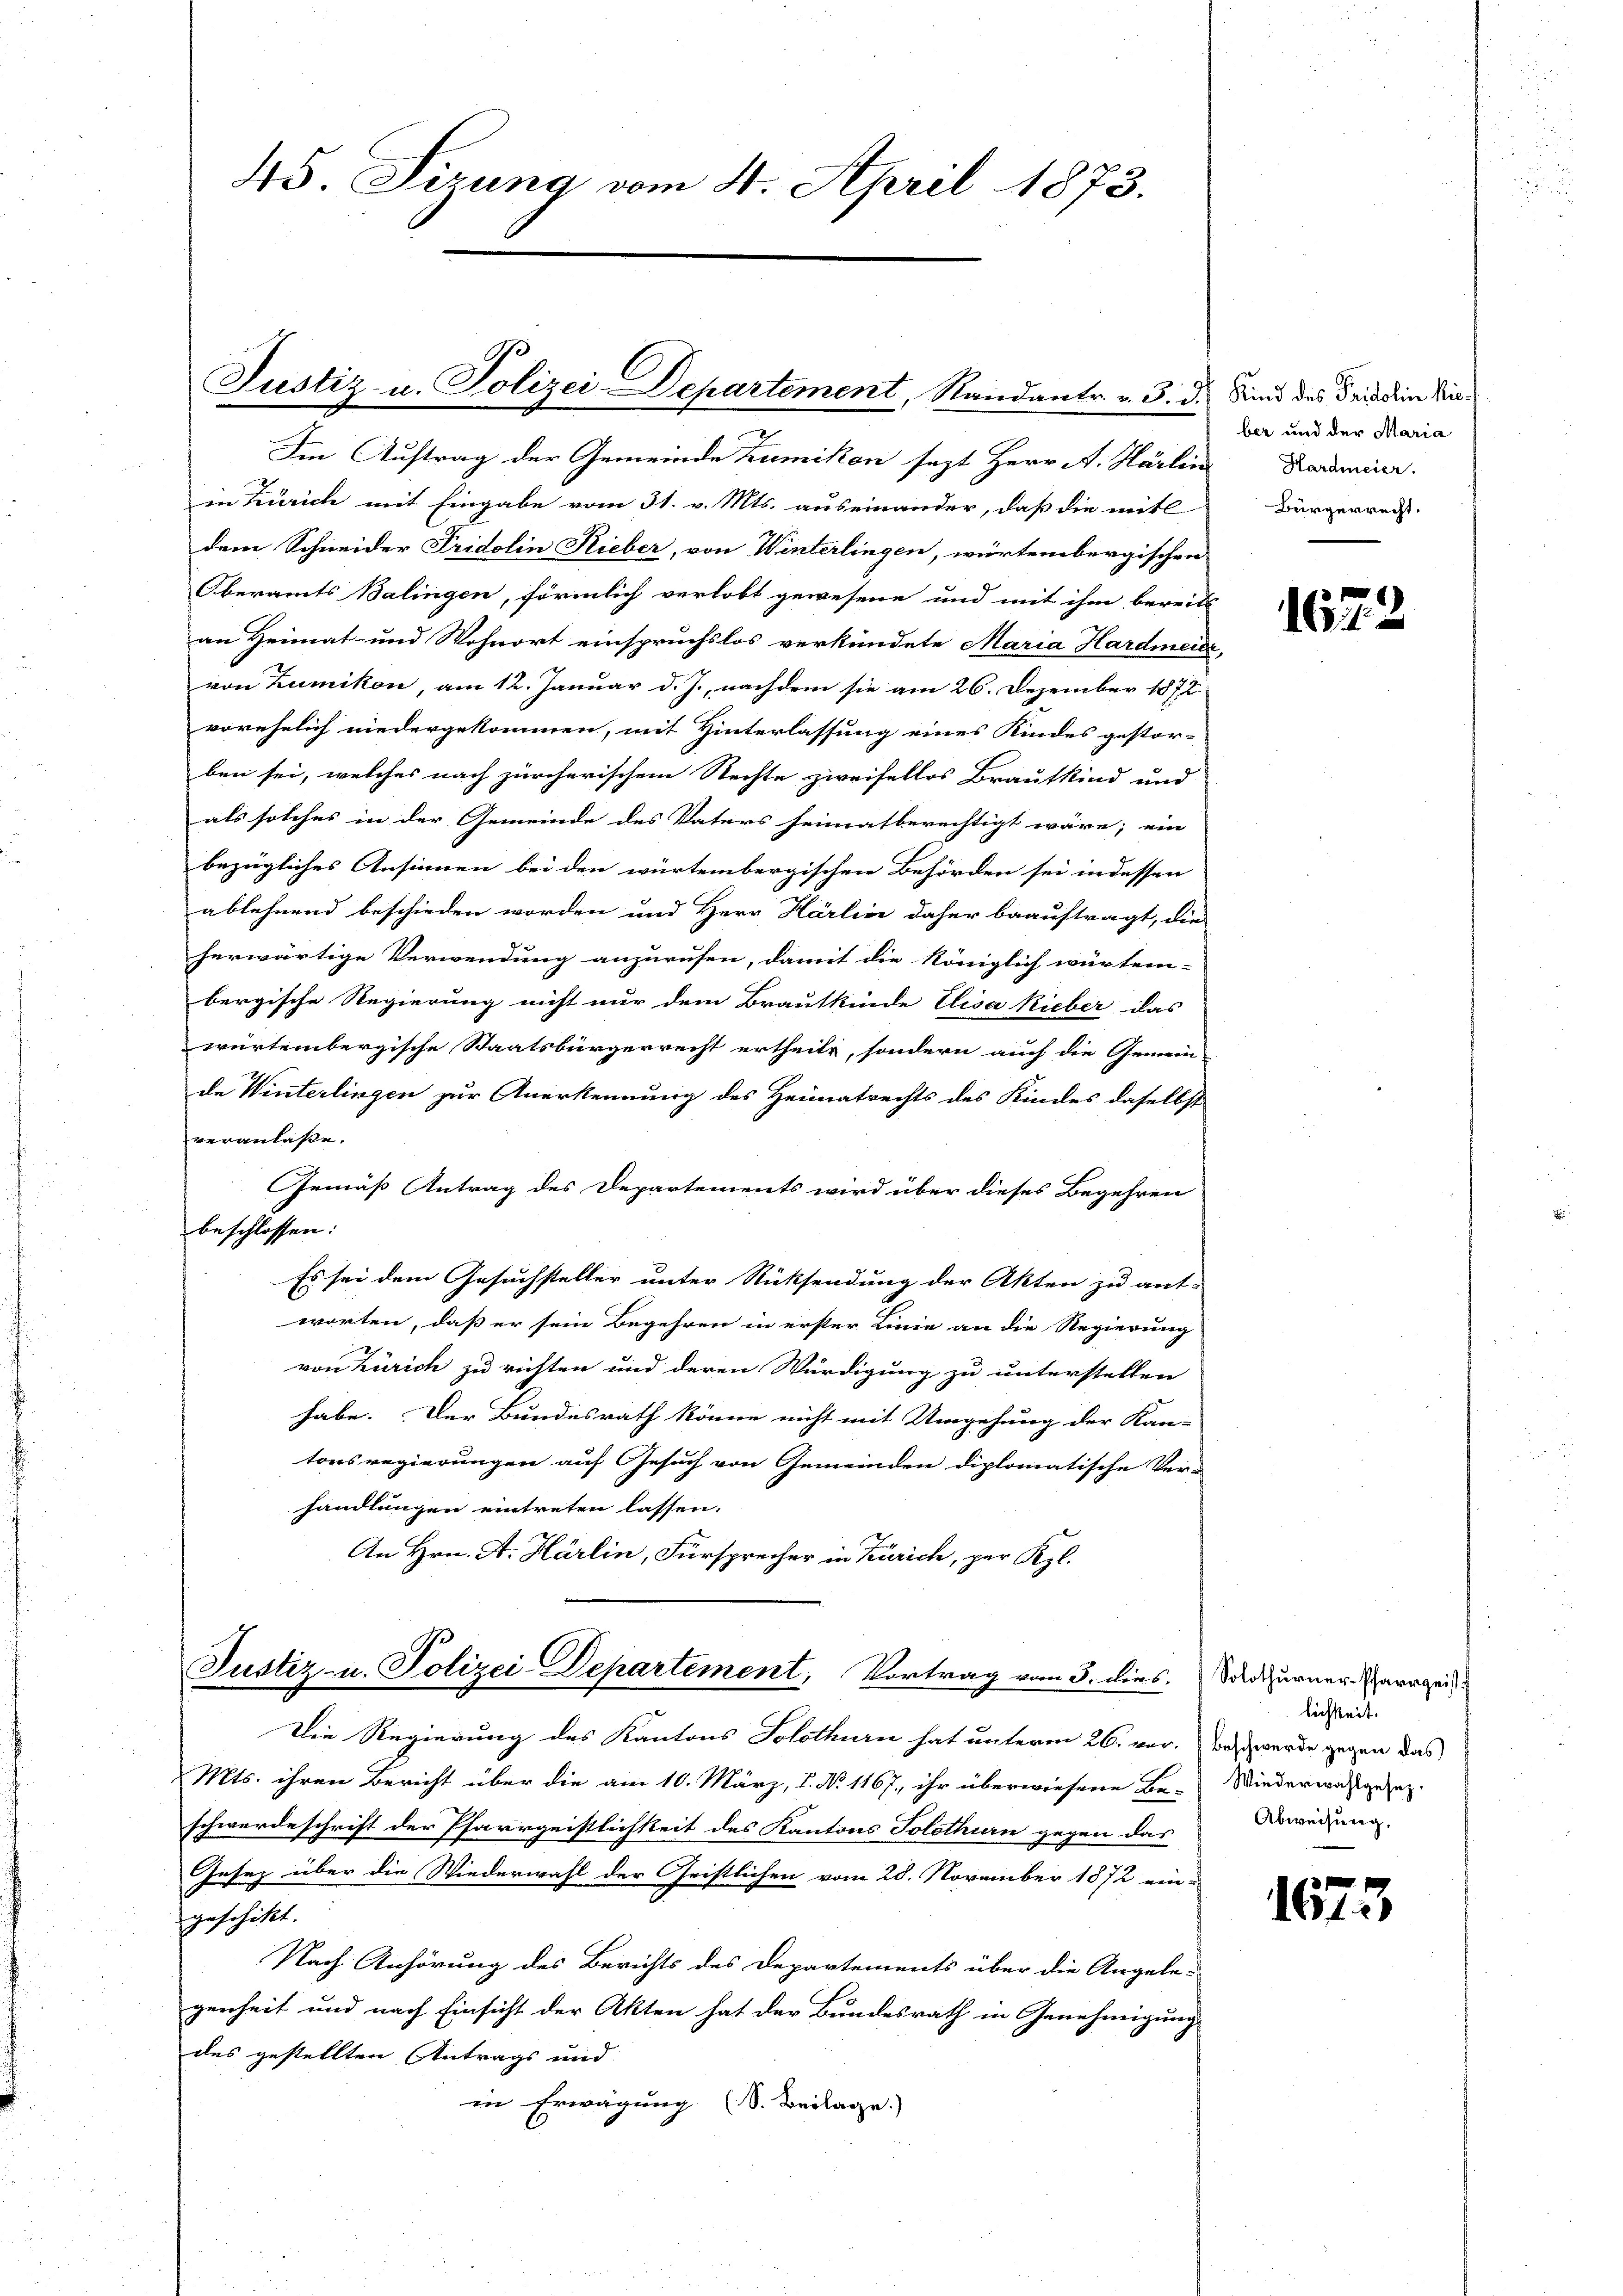
45. Sizung vom 4. April 1873.

Justiz- u. Polizei-Departement, Randantr. v. 3. d. Sind des Friedlin Ver¬

Iin Auftrag der Gemeinde Zumikon sezt Herr A. Härlin
in Zürich mit Eingabe vom 31. v. Mts. auseinander, daß die mitl
dem Schneider Fridolin Lieber, von Winterlingen, würtembergischen
Oberamts Balingen, förmlich verlobt gewesene und mit ihm bereits
an Heimat- und Wohnort einspruchslos verkündete Maria Hardmeier,
von Zumikon, am 12. Januar d. J., nachdem sie am 26. Dezember 1872
vorehelich niedergekommen, mit Hinterlassung eines Kindes gestor-
ben sei, welches nach zürcherischem Rechte zweifellos Brautkind und
als solches in der Gemeinde des Vaters heimatberechtigt wäre; ein |
bezügliches Ansinnen bei den würtembergischen Behörden sei indessen
ablehnend beschieden worden und Herr Härlini daher beauftragt, die
herwärtige Verwendung anzurufen, damit die Königlich würtem-
bergische Regierung nicht nur dem Brautkinde Elisa Rieber das
würtembergische Staatsbürgerrecht ertheilt, sondern auch die Gemein
de Winterlingen zur Anerkennung des Heimatrechts des Kindes daselbst
veranlasse.
Gemäß Antrag des Departements wird über dieses Begehren
beschlossen:
Es sei dem Gesuchsteller unter Rücksendung der Akten zu ant-
worten, daß er sein Begehren in erster Linie an die Regierung
von Zürich zu richten und deren Würdigung zu unterstellen
habe. Der Bundesrath könne nicht mit Umgehung der Kan-
tonsregierungen auf Gesuch von Gemeinden diplomatische Ver-
handlungen eintreten lassen.
An Hrn. A. Härlin, Fürsprecher in Zürich, per Kgl.
Justiz- u. Polizei-Departement, Vortrag vom 3. dies. Solothurner Paragen
Die Regierung des Kantons Solothurn hat unterm 26. vor. Das werde gegen das
Mts. ihren Bericht über die am 10. März, 1. No 1167, ihr überwiesene Be-Wiedermassgesez
schwerdeschrift der Pfarrgeistlichkeit des Kantons Solothurn gegen das
Gesez über die Wiederwahl der Gristlichen vom 28. November 1872 ein-
geschikt.
Nach Anhörung des Berichts des Departements über die Angebegenheit und nach Einsicht der Akten hat der Bundesrath in Genehmigung
des gestellten Antrags und
in Erwägung (S. Beilage.)

ber und der Maria
Hardmeier.
Bürgerrecht.

167. 2

lichkeit.
Abweisung,

1673